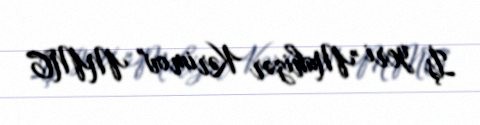
İş yeri "Mahizər Kərimov" MMC